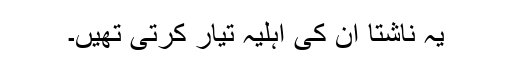
یہ ناشتا ان کی اہلیہ تیار کرتی تھیں۔